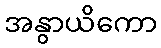
အနွာယိကော